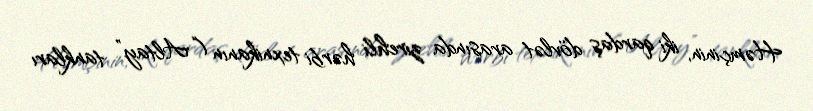
Həmçinin, iki qardaş dövlət arasında zirehli hərbi texnikanın (“Altay” tankları